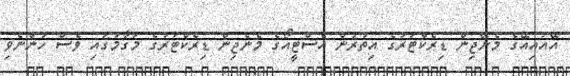
އޭއައިއޭގެ މެނޭޖިން ޑިރެކްޓަރުގެ އިތުރުން އެސްޓީއޯގެ މެނެޖިން ޑިރެކްޓަރުގެ މަގާމުގައި ވެސް ހުންނެވި